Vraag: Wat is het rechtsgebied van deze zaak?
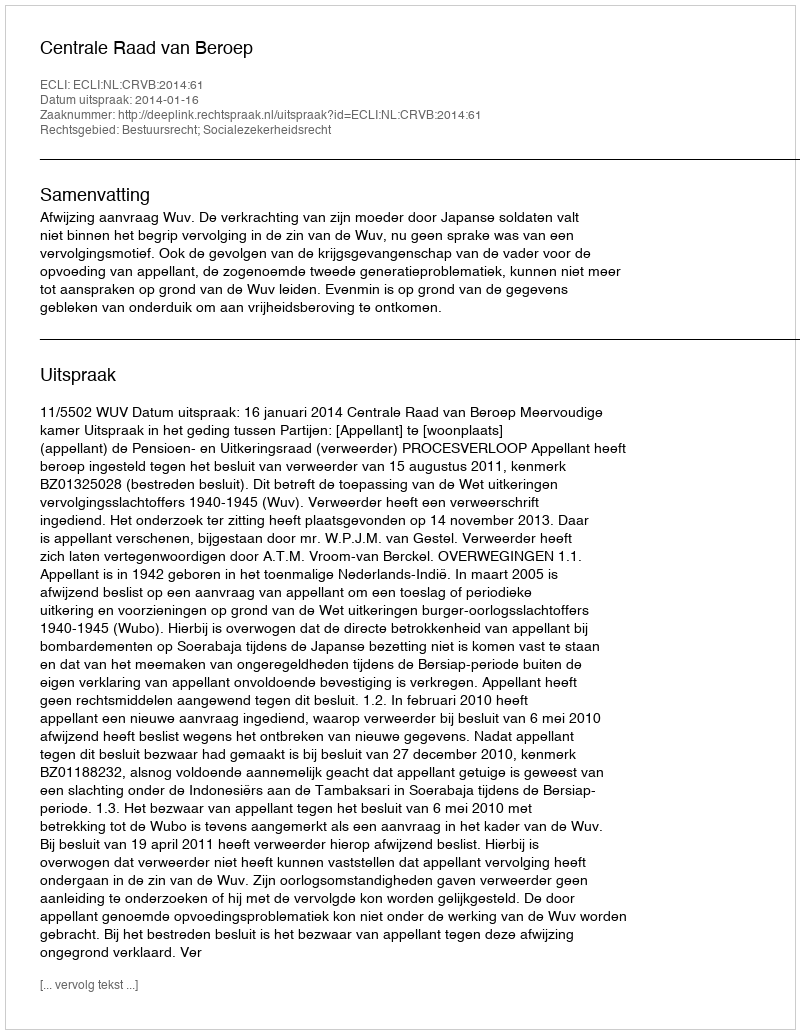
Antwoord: Bestuursrecht; Socialezekerheidsrecht